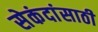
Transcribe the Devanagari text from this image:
सेकंदांसाठी